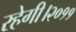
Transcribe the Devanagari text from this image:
रहेगी।२०११